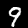
Label: 9